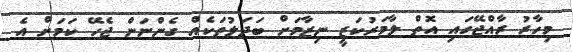
މިހާރު ރާއްޖޭގައި އޮތް ލާމަރުކަޒީ ނިޒާމަށް ބަދަލުތަކެއް ގެންނަން ޖެހޭ ކަމަށް އެ